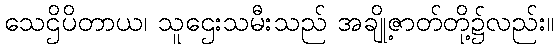
သေဌိပိတာယ၊ သူဌေးသမီးသည် အချို့ဇာတ်တို့၌လည်း။